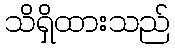
သိရှိထားသည်